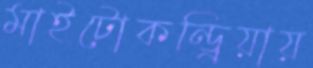
মাইটোকন্ড্রিয়ায়